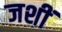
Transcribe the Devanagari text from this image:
जशीं